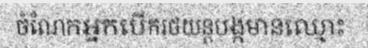
ចំណែកអ្នកបើករថយន្តបង្កមានឈ្មោះ